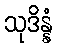
သုဒိန္နံ